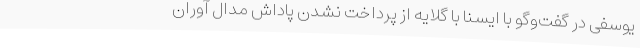
یوسفی در گفت‌وگو با ایسنا با گلایه از پرداخت نشدن پاداش مدال آوران